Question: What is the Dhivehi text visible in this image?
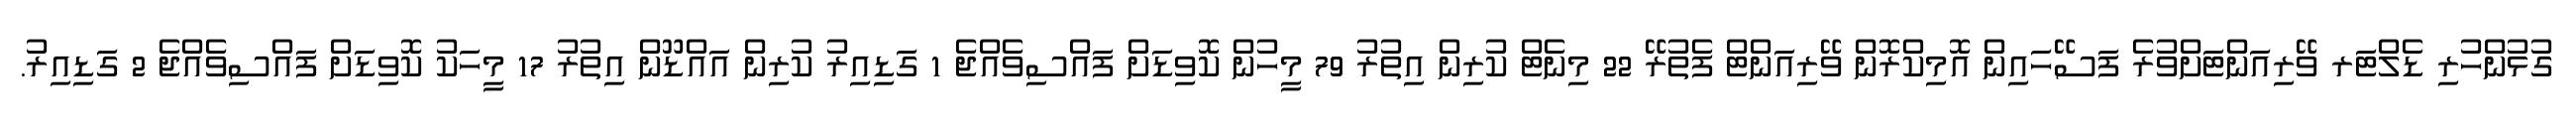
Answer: ގުޅުންހުރި ޑެލްޓަރ ވޭރިއަންޓަށްވުރެ ފަސޭހައިން އޮމިކްރޮން ވޭރިއަންޓް ފެތުރޭ 22 މިނެޓް ކުރިން އިތުރު 79 މީހުން ކޮވިޑަށް ފައްސިވެއްޖެ 1 ގަޑިއިރު ކުރިން އައްޑޫން އިތުރު 17 މީހަކު ކޮވިޑަށް ފައްސިވެއްޖެ 2 ގަޑިއިރު.